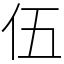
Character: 伍